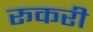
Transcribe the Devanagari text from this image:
रूकरी